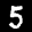
Label: 5